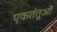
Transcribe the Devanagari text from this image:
एकतंतुओं